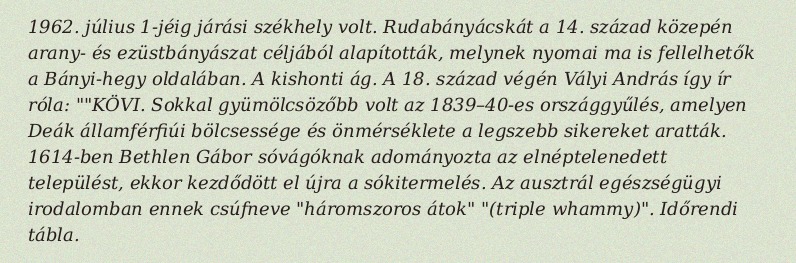
1962. július 1-jéig járási székhely volt. Rudabányácskát a 14. század közepén arany- és ezüstbányászat céljából alapították, melynek nyomai ma is fellelhetők a Bányi-hegy oldalában. A kishonti ág. A 18. század végén Vályi András így ír róla: ""KÖVI. Sokkal gyümölcsözőbb volt az 1839–40-es országgyűlés, amelyen Deák államférfiúi bölcsessége és önmérséklete a legszebb sikereket aratták. 1614-ben Bethlen Gábor sóvágóknak adományozta az elnéptelenedett települést, ekkor kezdődött el újra a sókitermelés. Az ausztrál egészségügyi irodalomban ennek csúfneve "háromszoros átok" "(triple whammy)". Időrendi tábla.